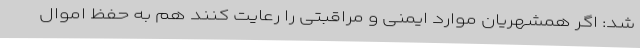
شد: اگر همشهریان موارد ایمنی و مراقبتی را رعایت کنند هم به حفظ اموال